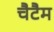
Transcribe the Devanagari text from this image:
चैटैम